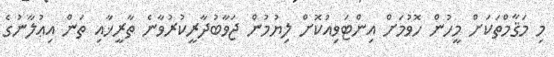
މި މަޤާމްތަކަށް މީހުން ހޮވުމަށް އިންޓަވިއުކޮށް ލިޔުމުން ޖަވާބުދާރީކުރުވާނެ ތާރީޚާއި ތަން އިޢުލާނުގެ